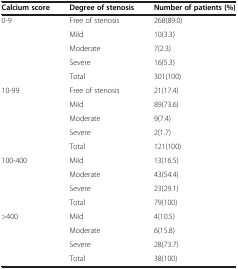
| Calcium score | Degree of stenosis | Number of patients (%) |
 | --- | --- | --- |
 | <ROWSPAN=5> 0-9 | Free of stenosis | 268(89.0) |
 | Mild | 10(3.3) |
 | Moderate | 7(2.3) |
 | Severe | 16(5.3) |
 | Total | 301(100) |
 | <ROWSPAN=5> 10-99 | Free of stenosis | 21(17.4) |
 | Mild | 89(73.6) |
 | Moderate | 9(7.4) |
 | Severe | 2(1.7) |
 | Total | 121(100) |
 | <ROWSPAN=2> 100-400 | Mild | 13(16.5) |
 | Moderate | 43(54.4) |
 | <ROWSPAN=2>  | Severe | 23(29.1) |
 | Total | 79(100) |
 | <ROWSPAN=3> >400 | Mild | 4(10.5) |
 | Moderate | 6(15.8) |
 | Severe | 28(73.7) |
 |  | Total | 38(100) |